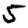
Digit: 5